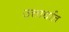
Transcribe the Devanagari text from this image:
उत्तार्धात